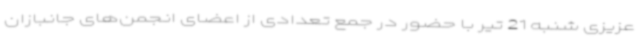
عزیزی شنبه 21 تیر با حضور در جمع تعدادی از اعضای انجمن‌های جانبازان